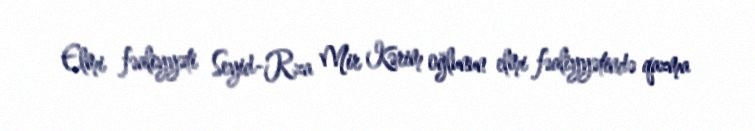
Elmi fəaliyyəti Seyid-Rza Mir Kərim oğlunun elmi fəaliyyətində qazma